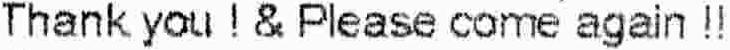
THANK YOU ! & PLEASE COME AGAIN !!